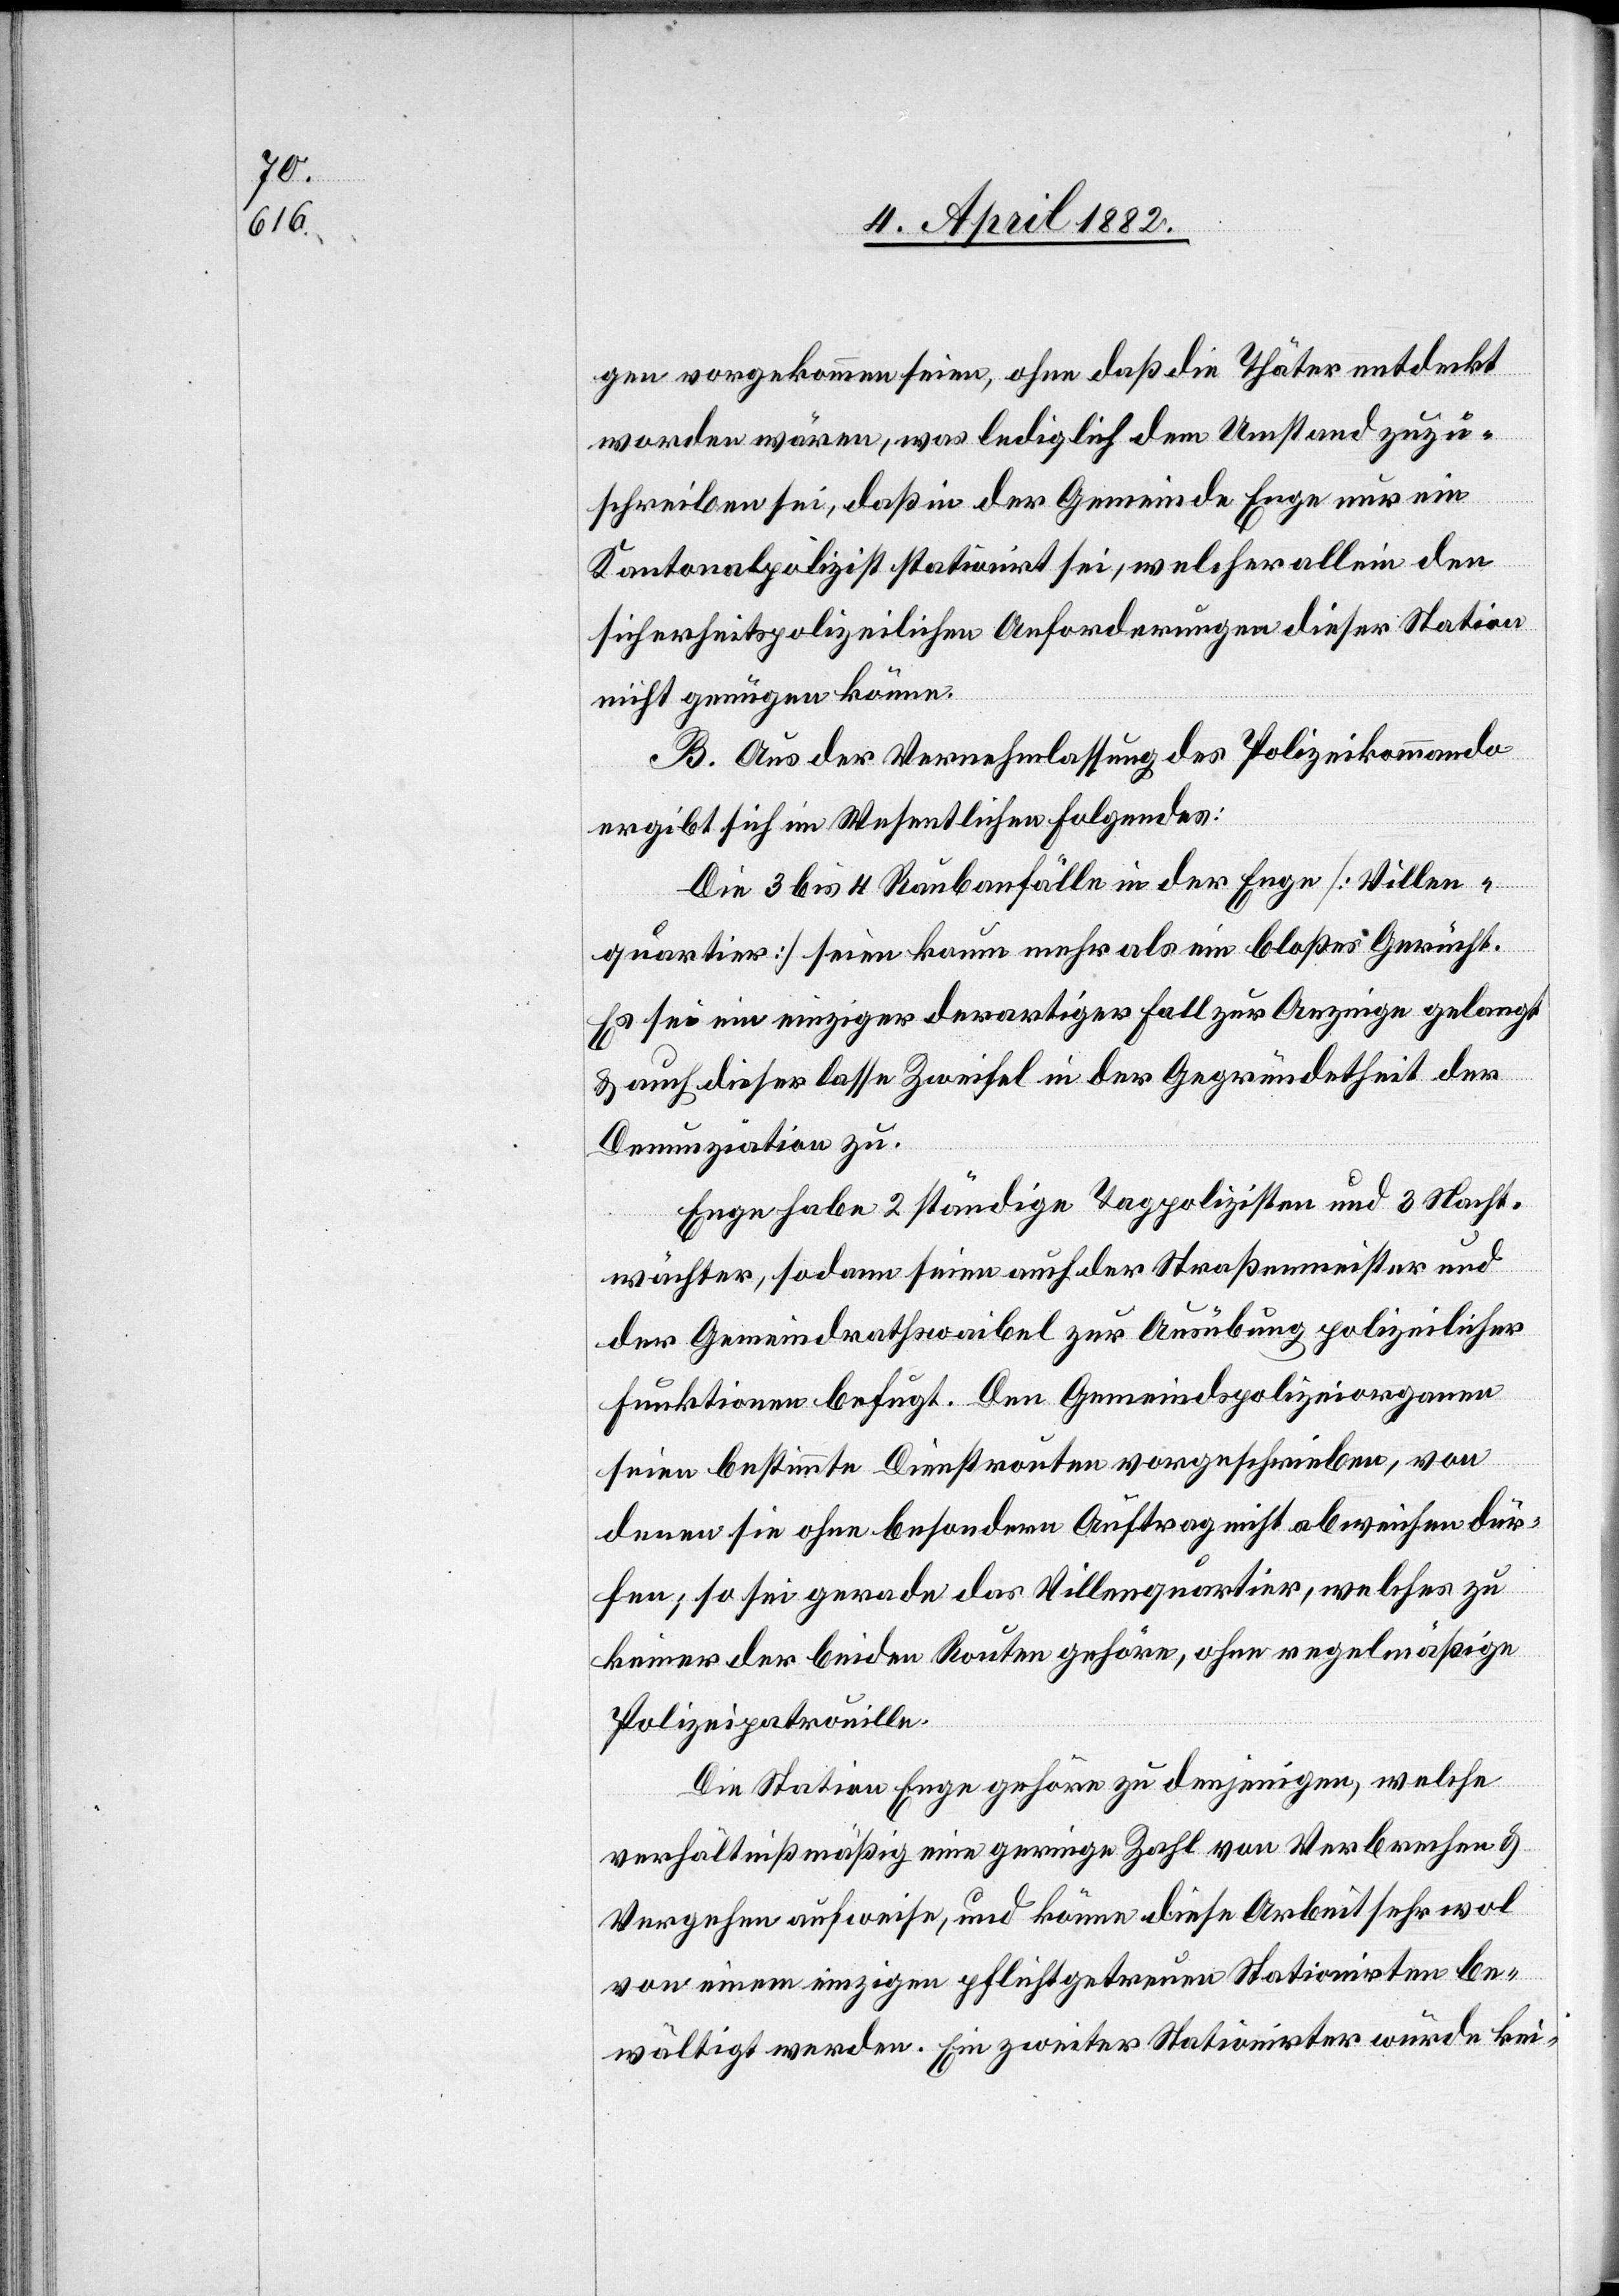
gen vorgekommen seien, ohne daß die Thäter entdeckt
worden wären, was lediglich dem Umstand zuzu¬
schreiben sei, daß in der Gemeinde Enge nur ein
Kantonalpolizist stationirt sei, welcher allein den
sicherheitspolizeilichen Anforderungen dieser Station
nicht genügen könne.
B. Aus der Vernehmlassung des Polizeikommando
ergibt sich im Wesentlichen Folgendes:
Die 3 bis 4 Raubanfälle in der Enge [Villen¬
quartier] seien kaum mehr als ein bloßes Gerücht.
Es sei ein einziger derartiger Fall zur Anzeige gelangt
& auch dieser lasse Zweifel in der Gegründetheit der
Denunziation zu.
Enge habe 2 ständige Tagpolizisten und 3 Nacht¬
wächter, sodann seien auch der Straßenmeister und
der Gemeindrathswaibel zur Ausübung polizeilicher
Funktionen befugt. Den Gemeindspolizeiorganen
seien bestimmte Dienstrouten vorgeschrieben, von
denen sie ohne besondern Auftrag nicht abweichen dür¬
fen; so sei gerade das Villenquartier, welches zu
keiner de beiden Routen gehöre, ohne regelmäßige
Polizeipatrouille.
Die Station Enge gehöre zu denjenigen, welche
verhältnißmäßig eine geringe Zahl von Verbrechen &
Vergehen aufweise, und könne diese Arbeit sehr wol
von einem einzigen pflichtgetreuen Stationirten be¬
wältigt werden. Ein zweiter Stationirter würde kei-